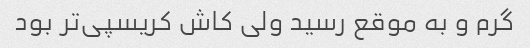
گرم و به موقع رسید ولی کاش کریسپی‌تر بود